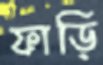
ফাড়ি